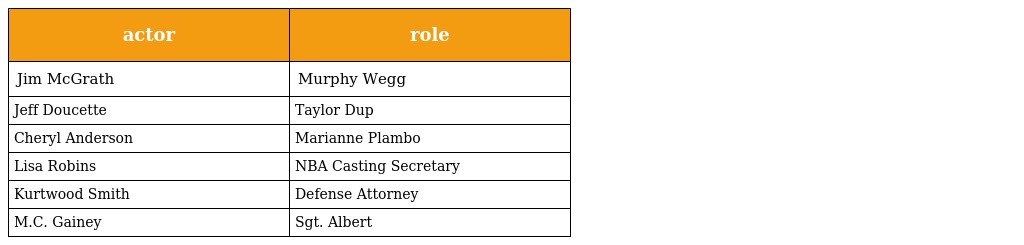
| actor | role |
 | --- | --- |
 | Jim McGrath | Murphy Wegg |
 | Jeff Doucette | Taylor Dup |
 | Cheryl Anderson | Marianne Plambo |
 | Lisa Robins | NBA Casting Secretary |
 | Kurtwood Smith | Defense Attorney |
 | M.C. Gainey | Sgt. Albert |